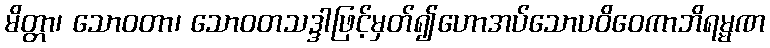
မိတ္တာ၊ သောဝတာ၊ သောဝတသဒ္ဒါဖြင့်မှတ်၍ဟောအပ်သောပဝိဝေကာဘိရမ္မဏ